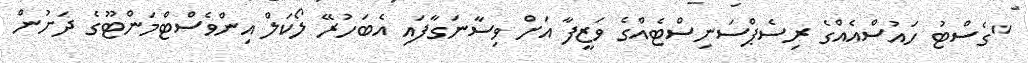
"ގެސްޓު ހައުސްއެއްގެ ރިސެޕްސަނިސްޓެއްގެ ވަޒީފާ އަށް ވިސާނަގާފައި އެބަހުރޭ ލޯކަލް އިންވެސްޓްމަންޓޫގެ ދަށުން